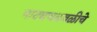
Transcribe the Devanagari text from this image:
नाट्यचळवळीचे